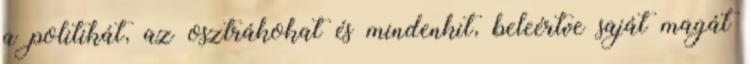
a politikát, az osztrákokat és mindenkit, beleértve saját magát